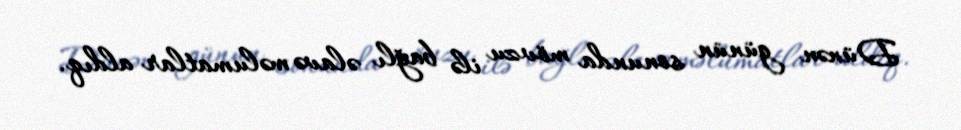
Dünən günün sonunda mövzu ilə bağlı əlavə məlumatlar aldıq.